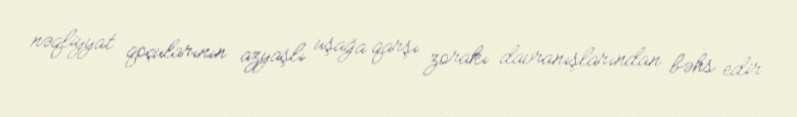
nəqliyyat qoçularının azyaşlı uşağa qarşı zorakı davranışlarından bəhs edir.